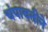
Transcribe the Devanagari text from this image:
चंपावतीने